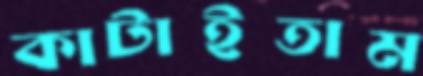
কাটাইতাম